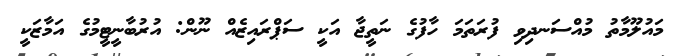
މައުލޫމާތު މުއްސަނދިވި ފުރަތަމަ ހާފުގެ ނަތީޖާ އަކީ ސަޕްރައިޒެއް ނޫން: އުރުބާނީޓީމުގެ އަމާޒަކީ